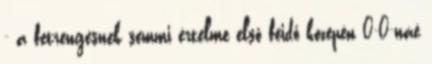
- a fetrengésnek semmi értelme első féidő közepén 0-0-náé